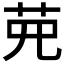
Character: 𦰋